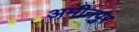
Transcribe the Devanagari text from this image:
अमीनपुर